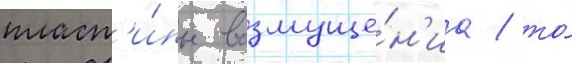
пласт'и́ны возмуще́н'иа / то́